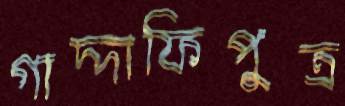
গাদ্দাফিপুত্র